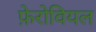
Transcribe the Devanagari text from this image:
फ़ेरोवियल